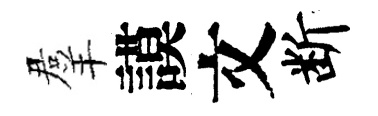
羣謨文断